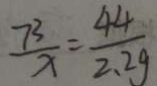
\frac { 7 ^ { 3 } } { x } = \frac { 4 4 } { 2 . 2 g }